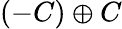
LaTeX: (-C)\oplus C